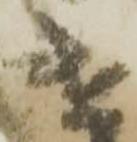
遣